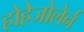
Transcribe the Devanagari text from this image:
होहेजोलेर्न